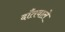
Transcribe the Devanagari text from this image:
दाँतवाले